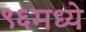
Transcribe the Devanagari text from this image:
९६मध्ये